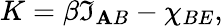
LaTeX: K=\beta{{\mathfrak{I}}_{\mathbf{A}B}}-{\chi}_{{BE}},